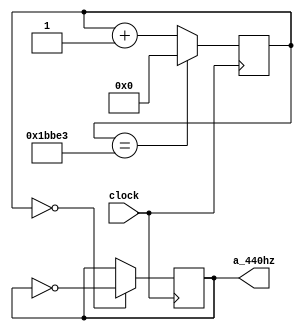
`timescale 1ns / 1ps
//////////////////////////////////////////////////////////////////////////////////
// Company: 
// Engineer: 
// 
// Design Name: 
// Module Name: a_440hz
// Project Name: 
// Target Devices: 
// Tool Versions: 
// Description: 
// 
// Dependencies: 
// 
// Revision:
// Revision 0.01 - File Created
// Additional Comments:
// 
//////////////////////////////////////////////////////////////////////////////////


module a_440hz(
    input clock,
    output reg a_440hz = 0
    );

    reg [31:0] count = 0;
    
    always @(posedge clock)
    begin
        count <= (count == 31'd113635) ? 0 : count + 1;
        a_440hz <= (count == 0) ? ~a_440hz : a_440hz ;
    end
    endmodule